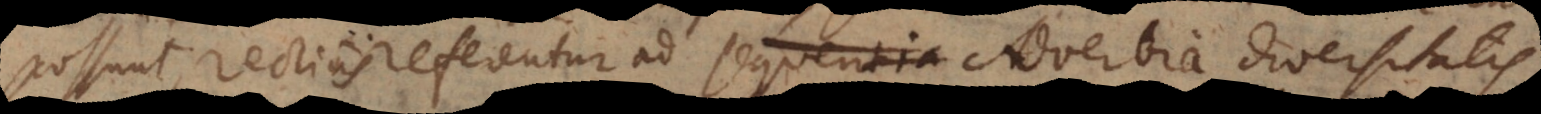
possunt, rectius referentur ad sequentia Adverbia diversitatis.